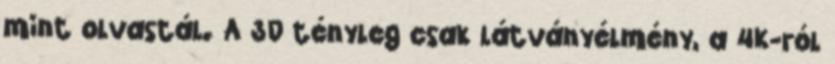
mint olvastál. A 3D tényleg csak látványélmény, a 4K-ról